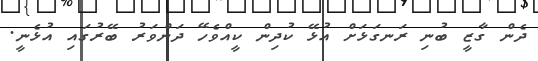
ދެން ގާޒީ ބުނި ރަނގަޅަށް އުޅޭ ކުދިން ކީއްވެހޭ ދަންވަރު ބޭރުގައި އުޅެނީ.